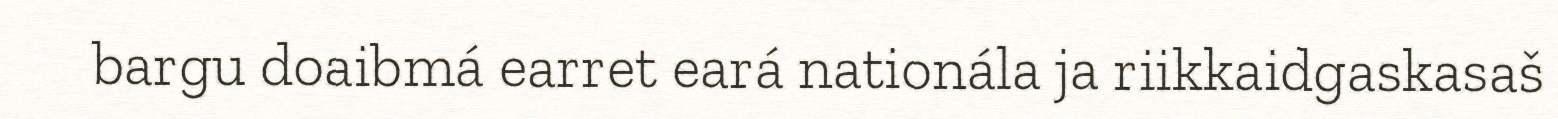
bargu doaibmá earret eará nationála ja riikkaidgaskasaš